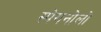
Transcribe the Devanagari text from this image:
स्पेगनोलो